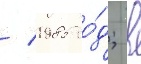
/ 1985 го́д; в